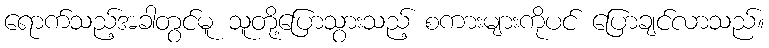
ရောက်သည့်အခါတွင်မူ သူတို့ပြောသွားသည့် စကားများကိုပင် ပြောချင်လာသည်။